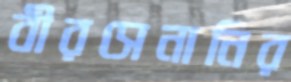
বীরসেনানির